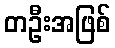
တဦးအဖြစ်